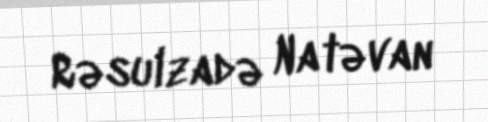
Rəsulzadə Natəvan